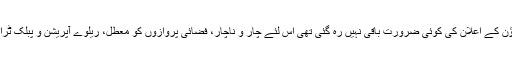
اب وفاق کی جانب سے لاک ڈاؤن کے اعلان کی کوئی ضرورت باقی نہیں رہ گئی تھی اس لئے چار و ناچار، فضائی پروازوں کو معطل، ریلوے آپریشن و پبلک ٹرانسپورٹ سروس بھی بندہوگئیں۔